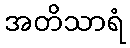
အတိသာရံ